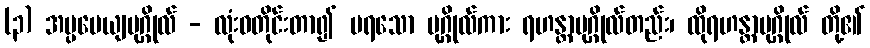
(၃) အပ္ပမေယျပုဂ္ဂိုလ် - လုံးဝတိုင်းတာ၍ မရသော ပုဂ္ဂိုလ်ကား ရဟန္တာပုဂ္ဂိုလ်တည်း၊ ထိုရဟန္တာပုဂ္ဂိုလ် တို့၏